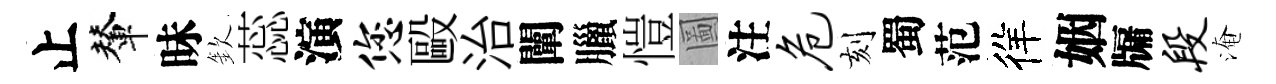
止輦昧欽蕊演您毆治闡臘愷圖注危刻蜀范徉姻牖段淹